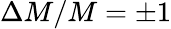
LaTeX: \Delta M/M=\pm 1